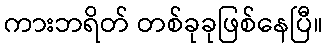
ကားဘရိတ် တစ်ခုခုဖြစ်နေပြီ။